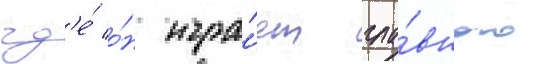
гд'е́ о́н игра́ет гла́вного